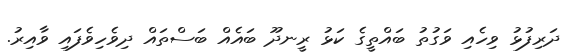
ދަރިފުޅު ވިހެއި ވަގުތު ބައްތީގެ ކަޅު ރީނދޫ ބައެއް ބަސްތައް ދިވެހިވެފައި ވާއިރު.